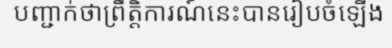
បញ្ជាក់ថាព្រឹត្តិការណ៍នេះបានរៀបចំឡើង